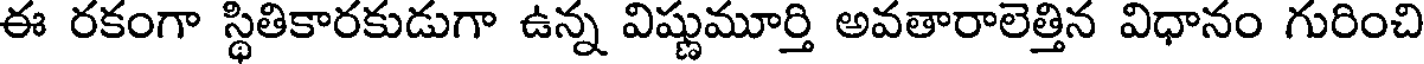
ఈ రకంగా స్థితికారకుడుగా ఉన్న విష్ణుమూర్తి అవతారాలెత్తిన విధానం గురించి